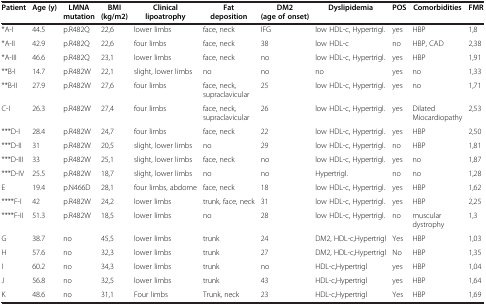
<table><thead><tr><td><b>Patient</b></td><td><b>Age (y)</b></td><td><b>LMNA mutation</b></td><td><b>BMI (kg/m2)</b></td><td><b>Clinical lipoatrophy</b></td><td><b>Fat deposition</b></td><td><b>DM2 (age of onset)</b></td><td><b>Dyslipidemia</b></td><td><b>POS</b></td><td><b>Comorbidities</b></td><td><b>FMR</b></td></tr></thead><tbody><tr><td>*A-I</td><td>44.5</td><td>p.R482Q</td><td>22,6</td><td>lower limbs</td><td>face, neck</td><td>IFG</td><td>low HDL-c, Hypertrigl.</td><td>yes</td><td>HBP</td><td>1,8</td></tr><tr><td>*A-II</td><td>42.9</td><td>p.R482Q</td><td>22,6</td><td>four limbs</td><td>face, neck</td><td>38</td><td>low HDL-c</td><td>no</td><td>HBP, CAD</td><td>2,38</td></tr><tr><td>*A-III</td><td>46.6</td><td>p.R482Q</td><td>23,1</td><td>lower limbs</td><td>face, neck</td><td>no</td><td>low HDL-c, Hypertrigl.</td><td>yes</td><td>HBP</td><td>1,91</td></tr><tr><td>**B-I</td><td>14.7</td><td>p.R482W</td><td>22,1</td><td>slight, lower limbs</td><td>no</td><td>no</td><td>no</td><td>yes</td><td>no</td><td>1,33</td></tr><tr><td>**B-II</td><td>27.9</td><td>p.R482W</td><td>27,6</td><td>four limbs</td><td>face, neck, supraclavicular</td><td>25</td><td>low HDL-c, Hypertrigl.</td><td>yes</td><td>no</td><td>1,71</td></tr><tr><td>C-I</td><td>26.3</td><td>p.R482W</td><td>27,4</td><td>four limbs</td><td>face, neck, supraclavicular</td><td>26</td><td>low HDL-c, Hypertrigl.</td><td>yes</td><td>Dilated Miocardiopathy</td><td>2,53</td></tr><tr><td>***D-I</td><td>28.4</td><td>p.R482W</td><td>24,7</td><td>four limbs</td><td>face, neck</td><td>22</td><td>low HDL-c, Hypertrigl.</td><td>yes</td><td>HBP</td><td>2,50</td></tr><tr><td>***D-II</td><td>31</td><td>p.R482W</td><td>20,5</td><td>slight, lower limbs</td><td>no</td><td>29</td><td>low HDL-c, Hypertrigl.</td><td>no</td><td>HBP</td><td>1,81</td></tr><tr><td>***D-III</td><td>33</td><td>p.R482W</td><td>25,1</td><td>slight, lower limbs</td><td>face, neck</td><td>no</td><td>low HDL-c, Hypertrigl.</td><td>yes</td><td>no</td><td>1,87</td></tr><tr><td>***D-IV</td><td>25.5</td><td>p.R482W</td><td>18,7</td><td>slight, lower limbs</td><td>no</td><td>no</td><td>Hypertrigl.</td><td>no</td><td>no</td><td>1,28</td></tr><tr><td>E</td><td>19.4</td><td>p.N466D</td><td>28,1</td><td>four limbs, abdome</td><td>face, neck</td><td>18</td><td>low HDL-c, Hypertrigl.</td><td>yes</td><td>HBP</td><td>1,62</td></tr><tr><td>****F-I</td><td>42</td><td>p.R482W</td><td>24,2</td><td>lower limbs</td><td>trunk, face, neck</td><td>31</td><td>low HDL-c, Hypertrigl.</td><td>yes</td><td>HBP</td><td>2,25</td></tr><tr><td>****F-II</td><td>51.3</td><td>p.R482W</td><td>18,5</td><td>lower limbs</td><td>no</td><td>28</td><td>low HDL-c, Hypertrigl.</td><td>no</td><td>muscular dystrophy</td><td>1,3</td></tr><tr><td>G</td><td>38.7</td><td>no</td><td>45,5</td><td>lower limbs</td><td>trunk</td><td>24</td><td>DM2, HDL-c,Hypertrigl</td><td>Yes</td><td>HBP</td><td>1,03</td></tr><tr><td>H</td><td>57.6</td><td>no</td><td>32,3</td><td>lower limbs</td><td>trunk</td><td>27</td><td>DM2, HDL-c,Hypertrigl</td><td>No</td><td>HBP</td><td>1,35</td></tr><tr><td>I</td><td>60.2</td><td>no</td><td>34,3</td><td>lower limbs</td><td>trunk</td><td>no</td><td>HDL-c,Hypertrigl</td><td>yes</td><td>HBP</td><td>1,04</td></tr><tr><td>J</td><td>56.8</td><td>no</td><td>32,5</td><td>lower limbs</td><td>trunk</td><td>43</td><td>HDL-c,Hypertrigl</td><td>yes</td><td>HBP</td><td>1,64</td></tr><tr><td>K</td><td>48.6</td><td>no</td><td>31,1</td><td>Four limbs</td><td>Trunk, neck</td><td>23</td><td>HDL-c,Hypertrigl</td><td>Yes</td><td>HBP</td><td>1,69</td></tr></tbody></table>